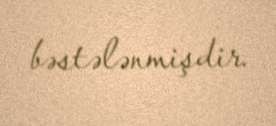
bəstələnmişdir.